Civil Veterinary Dept. Bombay admin report 1923-31 - 1923-1931
Year: 1923
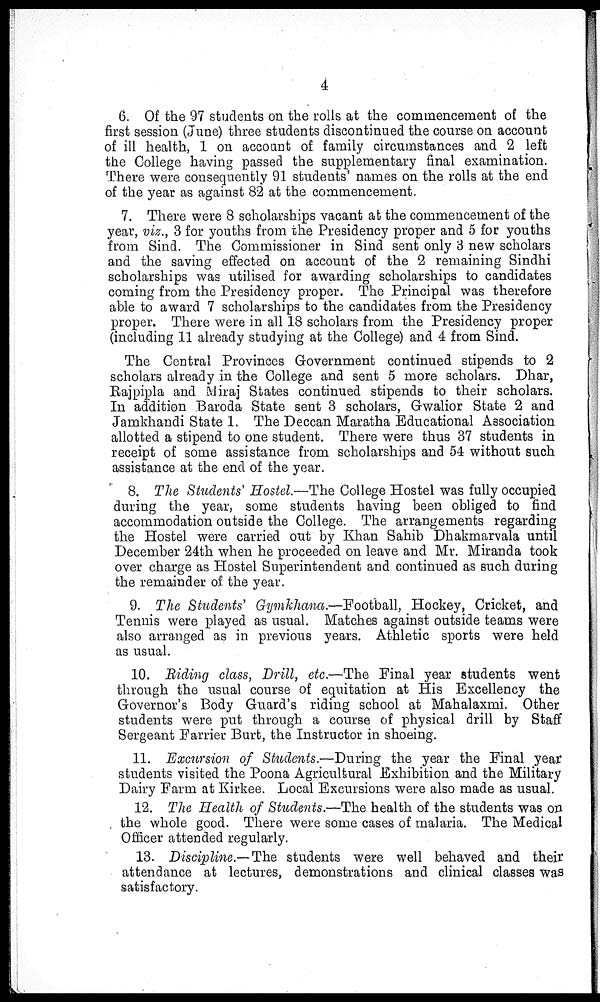
4
6. Of the 97 students on the rolls at the commencement of the
first session (June) three students discontinued the course on account
of ill health, 1 on account of family circumstances and 2 left
the College having passed the supplementary final examination.
There were consequently 91 students' names on the rolls at the end
of the year as against 82 at the commencement.
7. There were 8 scholarships vacant at the commencement of the
year, viz., 3 for youths from the Presidency proper and 5 for youths
from Sind. The Commissioner in Sind sent only 3 new scholars
and the saving effected on account of the 2 remaining Sindhi
scholarships was utilised for awarding scholarships to candidates
coming from the Presidency proper. The Principal was therefore
able to award 7 scholarships to the candidates from the Presidency
proper. There were in all 18 scholars from the Presidency proper
(including 11 already studying at the College) and 4 from Sind.
The Central Provinces Government continued stipends to 2
scholars already in the College and sent 5 more scholars. Dhar,
Rajpipla and Miraj States continued stipends to their scholars.
In addition Baroda State sent 3 scholars, Gwalior State 2 and
Jamkhandi State 1. The Deccan Maratha Educational Association
allotted a stipend to one student. There were thus 37 students in
receipt of some assistance from scholarships and 54 without such
assistance at the end of the year.
8. The Students' Hostel.—The College Hostel was fully occupied
during the year, some students having been obliged to find
accommodation outside the College. The arrangements regarding
the Hostel were carried out by Khan Sahib Dhakmarvala until
December 24th when he proceeded on leave and Mr. Miranda took
over charge as Hostel Superintendent and continued as such during
the remainder of the year.
9. The Students' Gymkhana.—Football, Hockey, Cricket, and
Tennis were played as usual. Matches against outside teams were
also arranged as in previous years. Athletic sports were held
as usual.
10. Riding class, Drill, etc.—The Final year students went
through the usual course of equitation at His Excellency the
Governor's Body Guard's riding school at Mahalaxmi. Other
students were put through a course of physical drill by Staff
Sergeant Farrier Burt, the Instructor in shoeing.
11. Excursion of Students.—During the year the Final year
students visited the Poona Agricultural Exhibition and the Military
Dairy Farm at Kirkee. Local Excursions were also made as usual.
12. The Health of Students.—The health of the students was on
the whole good. There were some cases of malaria. The Medical
Officer attended regularly.
13. Discipline.— The students were well behaved and their
attendance at lectures, demonstrations and clinical classes was
satisfactory.